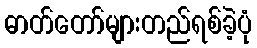
ဓာတ်တော်များတည်ရစ်ခဲ့ပုံ